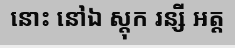
នោះ នៅឯ ស្តុក រន្សី អត្ត